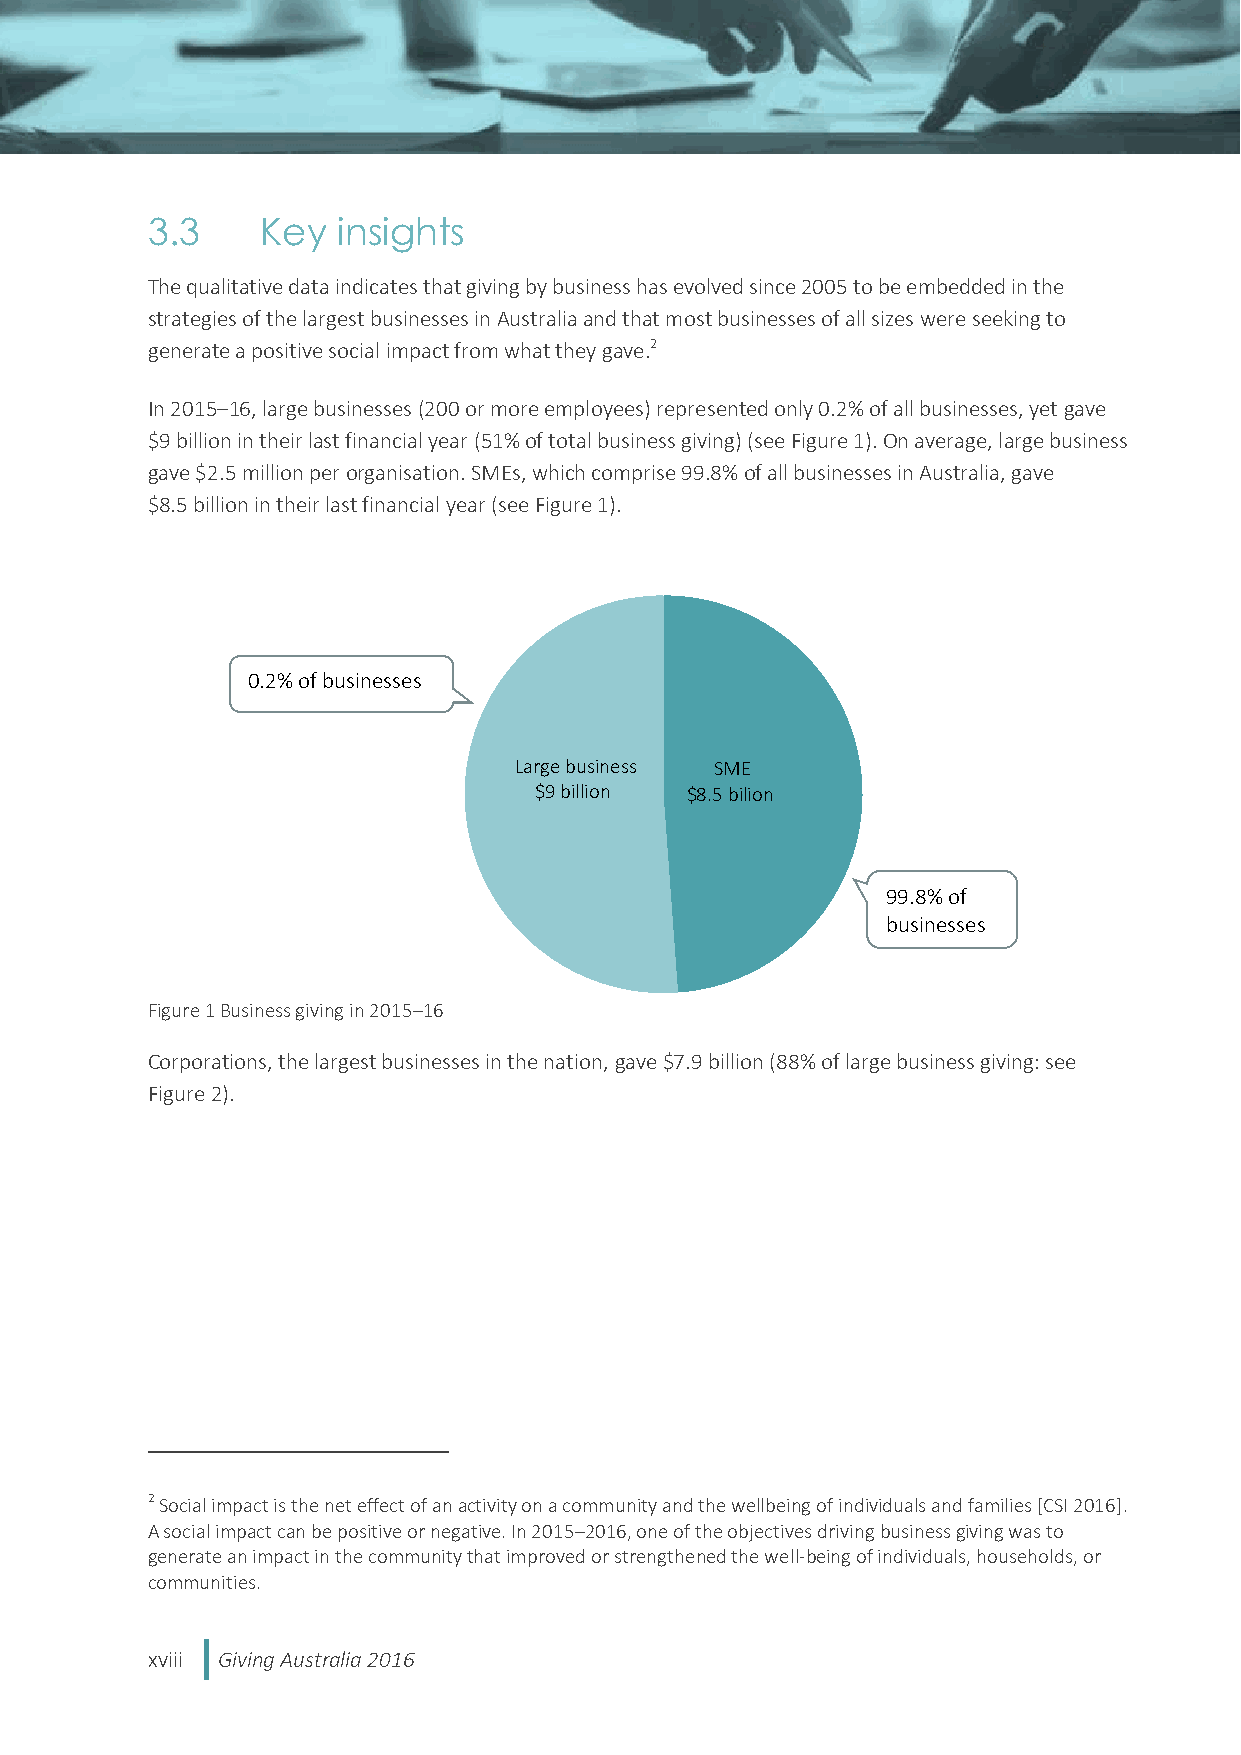
3.3    Key  insights
 The qualitative data indicates that giving by business has evolved since 2005 to be embedded in the
 strategies of the largest businesses in Australia and that most businesses of all sizes were seeking to
 generate a positive social impact from what they gave.2
 In 2015–16, large businesses (200 or more employees) represented only 0.2% of all businesses, yet gave
 $9 billion in their last financial year (51% of total business giving) (see Figure 1). On average, large business
 gave $2.5 million per organisation. SMEs, which comprise 99.8% of all businesses in Australia, gave
 $8.5 billion in their last financial year (see Figure 1).
 0.2% of businesses
 Large business SME
 $9 billion $8.5 bilion
 99.8% of
 businesses
 Figure 1 Business giving in 2015–16
 Corporations, the largest businesses in the nation, gave $7.9 billion (88% of large business giving: see
 Figure 2).
 2 Social impact is the net effect of an activity on a community and the wellbeing of individuals and families [CSI 2016].
 A social impact can be positive or negative. In 2015–2016, one of the objectives driving business giving was to
 generate an impact in the community that improved or strengthened the well-being of individuals, households, or
 communities.
 xviii Giving Australia 2016